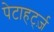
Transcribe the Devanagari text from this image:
पेटाहर्ट्ज़